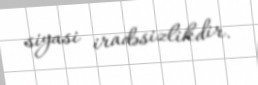
siyasi iradəsizlikdir.